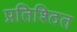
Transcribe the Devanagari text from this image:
प्रतिश्ठित